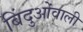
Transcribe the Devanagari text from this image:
बिंदुओंवाली